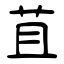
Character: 苴